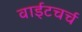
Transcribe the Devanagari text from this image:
वाईटचर्च